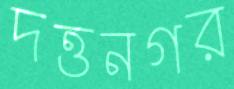
দত্তনগর